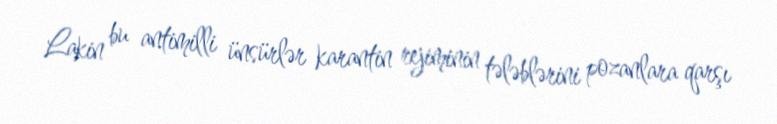
Lakin bu antimilli ünsürlər karantin rejiminin tələblərini pozanlara qarşı